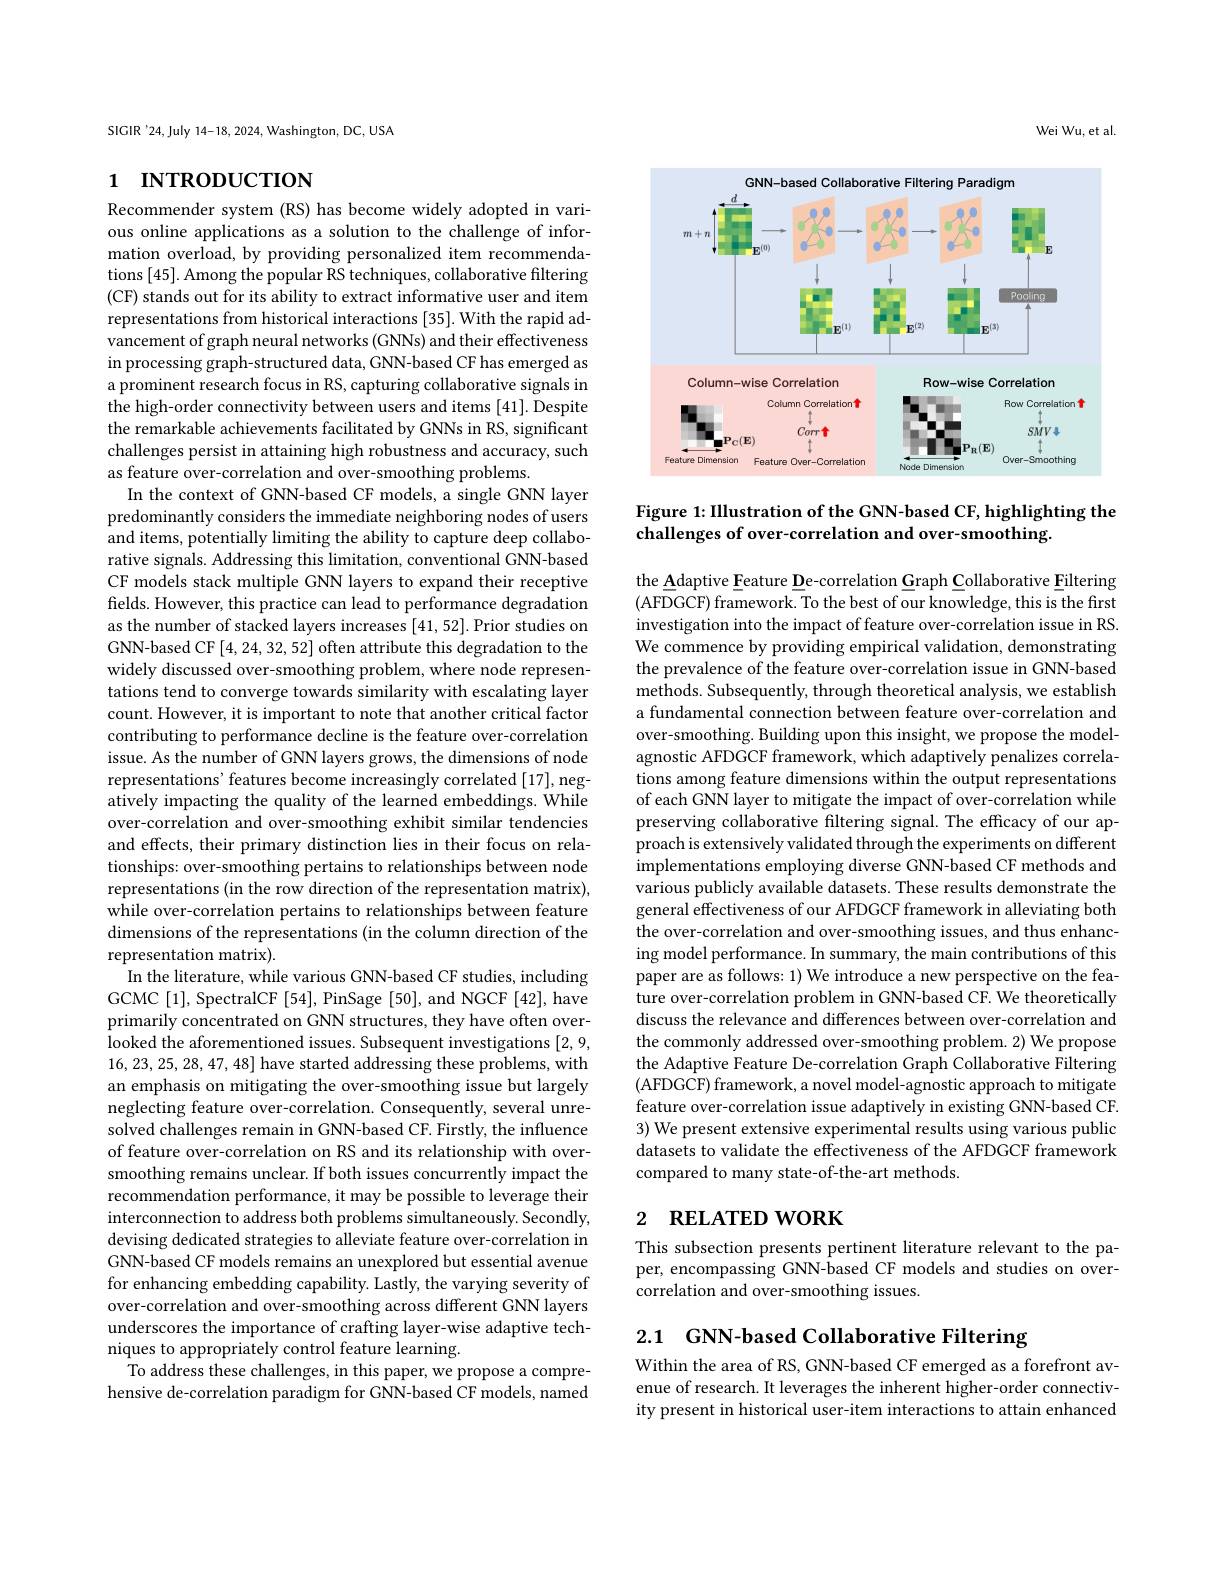
SIGIR '24, July 14-18, 2024, Washington, DC, USA

## 1 INTRODUCTION

Recommender system (RS) has become widely adopted in various online applications as a solution to the challenge of information overload, by providing personalized item recommendations [45]. Among the popular RS techniques, collaborative filtering (CF) stands out for its ability to extract informative user and item representations from historical interactions [35]. With the rapid advancement of graph neural networks (GNNs) and their effectiveness in processing graph-structured data, GNN-based CF has emerged as a prominent research focus in RS, capturing collaborative signals in the high-order connectivity between users and items [41]. Despite the remarkable achievements facilitated by GNNs in RS, significant challenges persist in attaining high robustness and accuracy, such as feature over-correlation and over-smoothing problems.
In the context of GNN-based CF models, a single GNN layer predominantly considers the immediate neighboring nodes of users and items, potentially limiting the ability to capture deep collaborative signals. Addressing this limitation, conventional GNN-based CF models stack multiple GNN layers to expand their receptive fields. However, this practice can lead to performance degradation as the number of stacked layers increases [41,52]. Prior studies on GNN-based CF [4,24,32,52] often attribute this degradation to the widely discussed over-smoothing problem, where node representations tend to converge towards similarity with escalating layer count. However, it is important to note that another critical factor contributing to performance decline is the feature over-correlation issue. As the number of GNN layers grows, the dimensions of node representations' features become increasingly correlated [17], negatively impacting the quality of the learned embeddings. While over-correlation and over-smoothing exhibit similar tendencies and effects, their primary distinction lies in their focus on relationships: over-smoothing pertains to relationships between node representations (in the row direction of the representation matrix), while over-correlation pertains to relationships between feature dimensions of the representations (in the column direction of the representation matrix).
In the literature, while various GNN-based CF studies, including GCMC[1], SpectralCF[54], PinSage[50], and NGCF[42], have primarily concentrated on GNN structures, they have often overlooked the aforementioned issues. Subsequent investigations [2,9, 16,23,25,28,47,48] have started addressing these problems, with an emphasis on mitigating the over-smoothing issue but largely neglecting feature over-correlation. Consequently, several unresolved challenges remain in GNN-based CF. Firstly, the influence of feature over-correlation on RS and its relationship with oversmoothing remains unclear. If both issues concurrently impact the recommendation performance, it may be possible to leverage their interconnection to address both problems simultaneously. Secondly, devising dedicated strategies to alleviate feature over-correlation in GNN-based CF models remains an unexplored but essential avenue for enhancing embedding capability. Lastly, the varying severity of over-correlation and over-smoothing across different GNN layers underscores the importance of crafting layer-wise adaptive techniques to appropriately control feature learning.
To address these challenges, in this paper, we propose a comprehensive de-correlation paradigm for GNN-based CF models, named

Wei Wu, et al

<FigureHere>

Figure 1: Illustration of the GNN-based CF, highlighting the
challenges of over-correlation and over-smoothing

the Adaptive Feature De-correlation Graph Collaborative Filtering (AFDGCF) framework. To the best of our knowledge, this is the first investigation into the impact of feature over-correlation issue in RS. We commence by providing empirical validation, demonstrating the prevalence of the feature over-correlation issue in GNN-based methods. Subsequently, through theoretical analysis, we establish a fundamental connection between feature over-correlation and over-smoothing. Building upon this insight, we propose the modelagnostic AFDGCF framework, which adaptively penalizes correlations among feature dimensions within the output representations of each GNN layer to mitigate the impact of over-correlation while preserving collaborative filtering signal. The efficacy of our approach is extensively validated through the experiments on different implementations employing diverse GNN-based CF methods and various publicly available datasets. These results demonstrate the general effectiveness of our AFDGCF framework in alleviating both the over-correlation and over-smoothing issues, and thus enhancing model performance. In summary, the main contributions of this paper are as follows: 1) We introduce a new perspective on the feature over-correlation problem in GNN-based CF. We theoretically discuss the relevance and differences between over-correlation and the commonly addressed over-smoothing problem. 2) We propose the Adaptive Feature De-correlation Graph Collaborative Filtering (AFDGCF) framework, a novel model-agnostic approach to mitigate feature over-correlation issue adaptively in existing GNN-based CF. 3) We present extensive experimental results using various public datasets to validate the effectiveness of the AFDGCF framework compared to many state-of-the-art methods.

# 2 RELATED WORK

This subsection presents pertinent literature relevant to the paper, encompassing GNN-based CF models and studies on overcorrelation and over-smoothing issues.

2.1 GNN-based Collaborative Filtering

Within the area of RS, GNN-based CF emerged as a forefront avenue of research. It leverages the inherent higher-order connectivity present in historical user-item interactions to attain enhanced